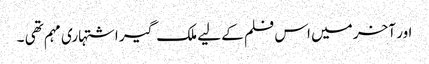
اور آخر میں اس فلم کے لیے ملک گیر اشتہاری مہم تھی ۔